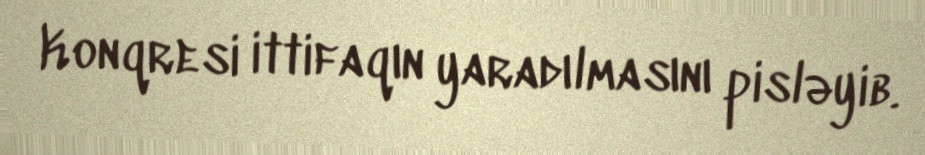
Konqresi ittifaqın yaradılmasını pisləyib.